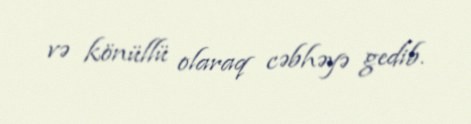
və könüllü olaraq cəbhəyə gedib.